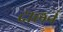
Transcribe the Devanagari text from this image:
दालनं